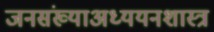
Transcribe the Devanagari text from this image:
जनसंख्याअध्ययनशास्त्र